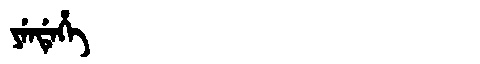
Manchu: ᠶᡝᠨᡩᡝᡥᡝ
Romanization: YENDEHE